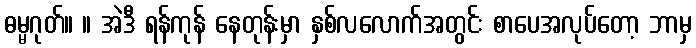
ဓမ္မဂုတ်။ ။ အဲဒီ ရန်ကုန် နေတုန်းမှာ နှစ်လလောက်အတွင်း စာပေအလုပ်တော့ ဘာမှ